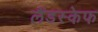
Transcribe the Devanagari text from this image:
लैंडस्केफ